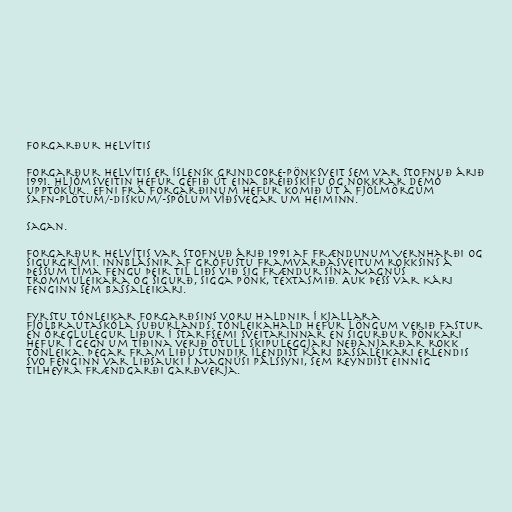
Forgarður helvítis

Forgarður Helvítis er íslensk Grindcore-pönksveit sem var stofnuð árið
1991. Hljómsveitin hefur gefið út eina breiðskífu og nokkrar demó
upptökur. Efni frá Forgarðinum hefur komið út á fjölmörgum
safn-plötum/-diskum/-spólum víðsvegar um heiminn.

Sagan.

Forgarður Helvítis var stofnuð árið 1991 af frændunum Vernharði og
Sigurgrími. Innblásnir af grófustu framvarðasveitum rokksins á
þessum tíma fengu þeir til liðs við sig frændur sína Magnús
trommuleikara og Sigurð, Sigga Pönk, textasmið. Auk þess var Kári
fenginn sem bassaleikari.

Fyrstu tónleikar Forgarðsins voru haldnir í kjallara
Fjölbrautaskóla Suðurlands. Tónleikahald hefur löngum verið fastur
en óreglulegur liður í starfsemi sveitarinnar en Sigurður Pönkari
hefur í gegn um tíðina verið ötull skipuleggjari neðanjarðar rokk
tónleika. Þegar fram liðu stundir ílendist Kári bassaleikari erlendis
svo fenginn var liðsauki í Magnúsi Pálssyni, sem reyndist einnig
tilheyra frændgarði Garðverja.